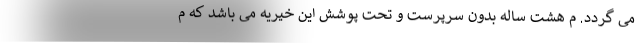
می گردد. م هشت ساله بدون سرپرست و تحت پوشش این خیریه می باشد که م